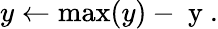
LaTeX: y\leftarrow\operatorname*{max}(y)-\mathrm{~y~}.